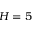
H = 5